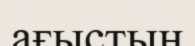
ағыстың